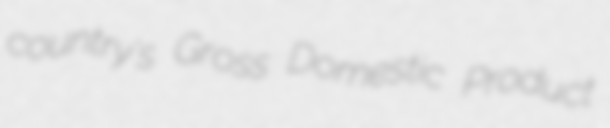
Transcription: country's Gross Domestic Product